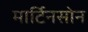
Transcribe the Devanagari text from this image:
मार्टिनसोन